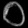
Digit: ၀